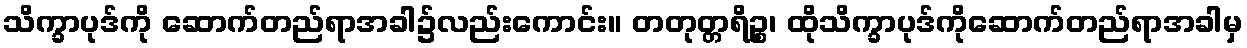
သိက္ခာပုဒ်ကို ဆောက်တည်ရာအခါ၌လည်းကောင်း။ တတုတ္တရိဉ္စ၊ ထိုသိက္ခာပုဒ်ကိုဆောက်တည်ရာအခါမှ